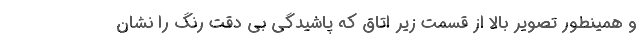
و همینطور تصویر بالا از قسمت زیر اتاق که پاشیدگی بی دقت رنگ را نشان